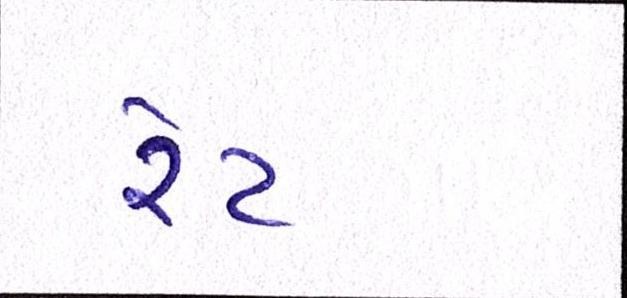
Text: રેટ